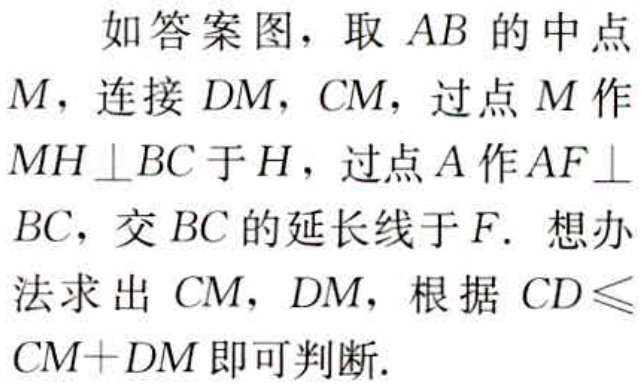
如答案图，取 \(AB\) 的中点

\(M\)，连接 \(DM\)，\(CM\)，过点 \(M\) 作

\(MH\perp BC\) 于 \(H\)，过点 \(A\) 作 \(AF\perp\)

\(BC\)，交 \(BC\) 的延长线于 \(F\). 想办

法求出 \(CM\)，\(DM\)，根据 \(CD\leqslant\)

\(CM + DM\) 即可判断.